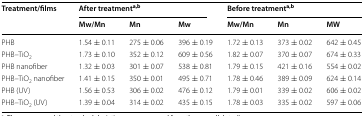
<table><thead><tr><td rowspan="2"><b>Treatment/films</b></td><td colspan="3"><b>After treatment<sup>a,b</sup></b></td><td colspan="3"><b>Before treatment<sup>a,b</sup></b></td></tr><tr><td><b>Mw/Mn</b></td><td><b>Mn</b></td><td><b>Mw</b></td><td><b>Mw/Mn</b></td><td><b>Mn</b></td><td><b>MW</b></td></tr></thead><tbody><tr><td>PHB</td><td>1.54 ± 0.11</td><td>275 ± 0.06</td><td>396 ± 0.19</td><td>1.72 ± 0.13</td><td>373 ± 0.02</td><td>642 ± 0.45</td></tr><tr><td>PHB–TiO<sub>2</sub></td><td>1.73 ± 0.10</td><td>352 ± 0.12</td><td>609 ± 0.56</td><td>1.82 ± 0.07</td><td>370 ± 0.07</td><td>674 ± 0.33</td></tr><tr><td>PHB nanofiber</td><td>1.32 ± 0.03</td><td>301 ± 0.07</td><td>538 ± 0.81</td><td>1.79 ± 0.15</td><td>421 ± 0.16</td><td>554 ± 0.02</td></tr><tr><td>PHB–TiO<sub>2</sub> nanofiber</td><td>1.41 ± 0.15</td><td>350 ± 0.01</td><td>495 ± 0.71</td><td>1.78 ± 0.46</td><td>389 ± 0.09</td><td>624 ± 0.14</td></tr><tr><td>PHB (UV)</td><td>1.56 ± 0.53</td><td>306 ± 0.02</td><td>476 ± 0.12</td><td>1.79 ± 0.01</td><td>339 ± 0.02</td><td>606 ± 0.02</td></tr><tr><td>PHB–TiO<sub>2</sub> (UV)</td><td>1.39 ± 0.04</td><td>314 ± 0.02</td><td>435 ± 0.15</td><td>1.78 ± 0.03</td><td>335 ± 0.02</td><td>597 ± 0.06</td></tr></tbody></table>